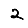
Digit: 2